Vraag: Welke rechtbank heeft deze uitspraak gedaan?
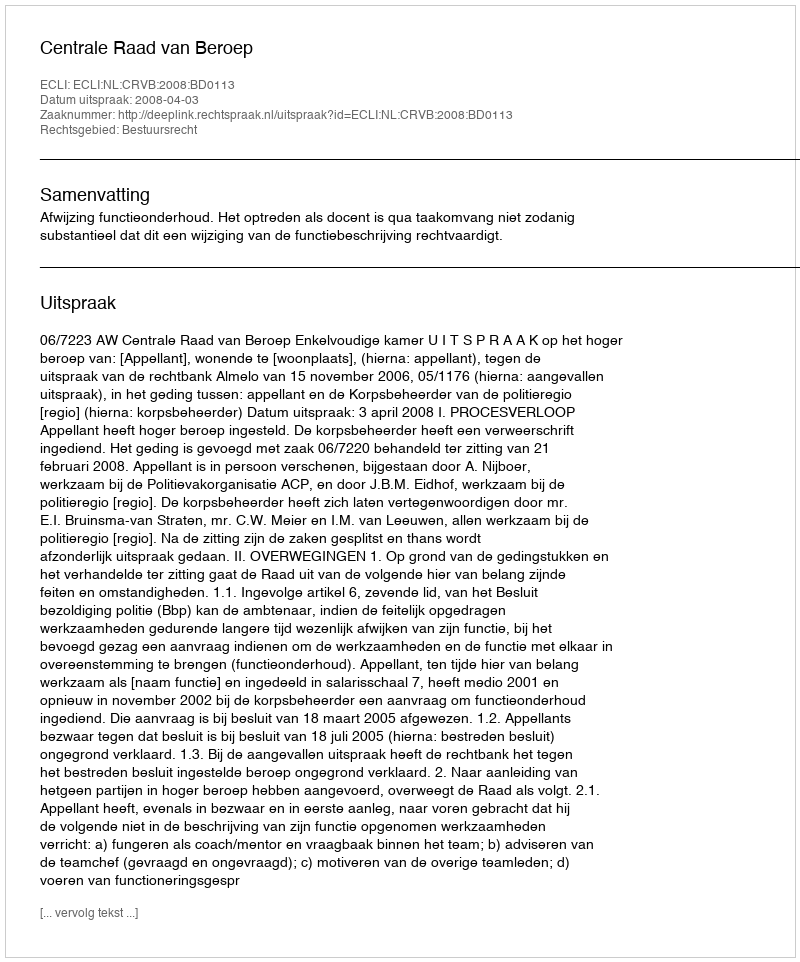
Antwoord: Centrale Raad van Beroep